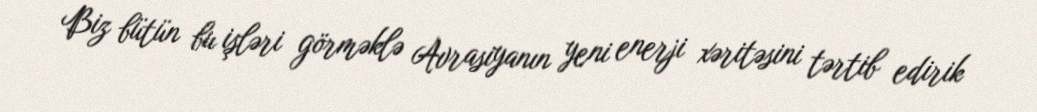
Biz bütün bu işləri görməklə Avrasiyanın yeni enerji xəritəsini tərtib edirik